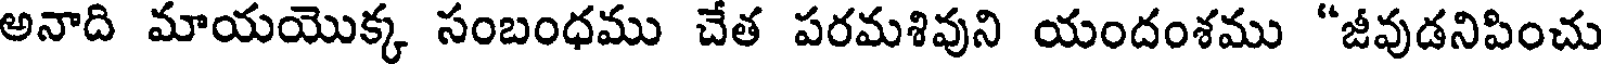
అనాది మాయయొక్క సంబంధము చేత పరమశివుని యందంశము "జీవుడనిపించు